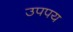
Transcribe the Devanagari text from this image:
उपपय